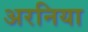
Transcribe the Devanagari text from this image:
अरनिया